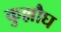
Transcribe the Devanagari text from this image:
कुल्लौघ